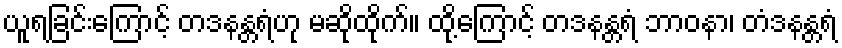
ယူရခြင်းကြောင့် တဒနန္တရံဟု မဆိုထိုက်။ ထို့ကြောင့် တဒနန္တရံ ဘာဝနာ၊ တံဒနန္တရံ